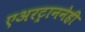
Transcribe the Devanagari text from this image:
एअरट्राननेही